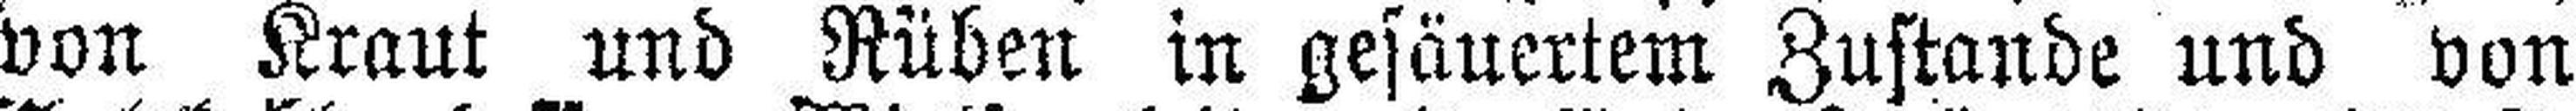
von Kraut und Rüben in gesäuertem Zustande und von